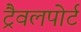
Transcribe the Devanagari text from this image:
ट्रैवलपोर्ट